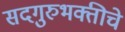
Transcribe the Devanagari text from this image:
सदगुरुभक्तीचे